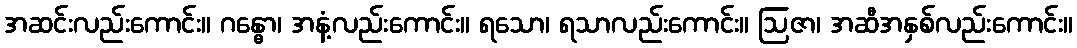
အဆင်းလည်းကောင်း။ ဂန္ဓော၊ အနံ့လည်းကောင်း။ ရသော၊ ရသာလည်းကောင်း။ ဩဇာ၊ အဆီအနှစ်လည်းကောင်း။